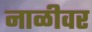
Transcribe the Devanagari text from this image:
नाळीवर